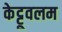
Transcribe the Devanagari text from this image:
केट्टूवलम